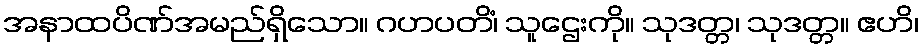
အနာထပိဏ်အမည်ရှိသော။ ဂဟပတိံ၊ သူဌေးကို။ သုဒတ္တ၊ သုဒတ္တ။ ဧဟိ၊